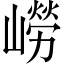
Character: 嶗